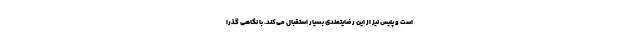
است و پلیس نیز از این رضایتمندی بسیار استقبال می‌کند. با نگاهی گذرا